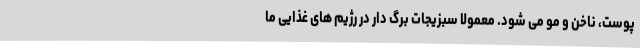
پوست، ناخن و مو می شود. معمولا سبزیجات برگ دار در رژیم های غذایی ما